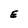
Character: E